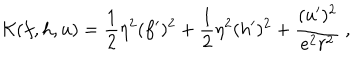
{ \cal K } ( f , h , u ) = \frac 1 2 \eta ^ { 2 } ( f ^ { \prime } ) ^ { 2 } + \frac 1 2 \eta ^ { 2 } ( h ^ { \prime } ) ^ { 2 } + \frac { ( u ^ { \prime } ) ^ { 2 } } { e ^ { 2 } r ^ { 2 } } \ ,